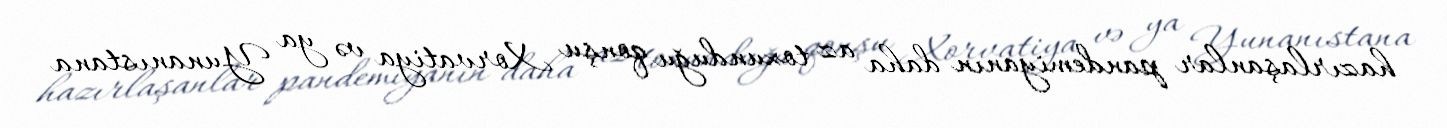
hazırlaşanlar pandemiyanın daha az toxunduğu qonşu Xorvatiya və ya Yunanıstana